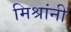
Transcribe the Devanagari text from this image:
मिश्रांनी